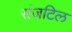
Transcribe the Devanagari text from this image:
संजटिल